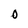
Character: 0